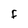
Character: F